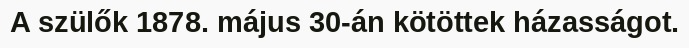
A szülők 1878. május 30-án kötöttek házasságot.